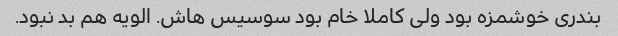
بندری خوشمزه بود ولی کاملا خام بود سوسیس هاش. الویه هم بد نبود.